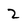
Character: 2